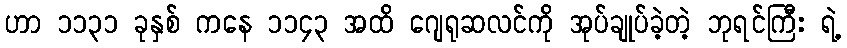
ဟာ ၁၁၃၁ ခုနှစ် ကနေ ၁၁၄၃ အထိ ဂျေရုဆလင်ကို အုပ်ချုပ်ခဲ့တဲ့ ဘုရင်ကြီး ရဲ့